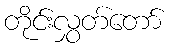
တိုင်းလွှတ်တော်